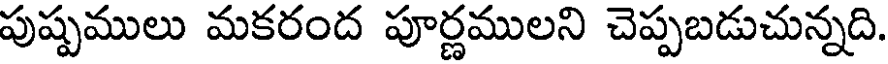
పుష్పములు మకరంద పూర్ణములని చెప్పబడుచున్నది.